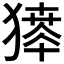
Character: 𤡶